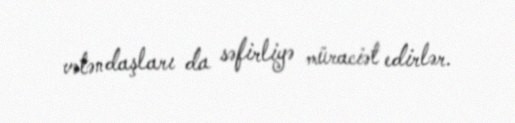
vətəndaşları da səfirliyə müraciət edirlər.